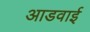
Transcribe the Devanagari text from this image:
आडवाई